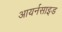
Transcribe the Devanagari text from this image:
आयर्नसाइड